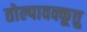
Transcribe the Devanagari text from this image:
तोल्पावक्कूत्तु